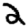
Digit: 2